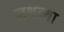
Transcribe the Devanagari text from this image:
नथन्या